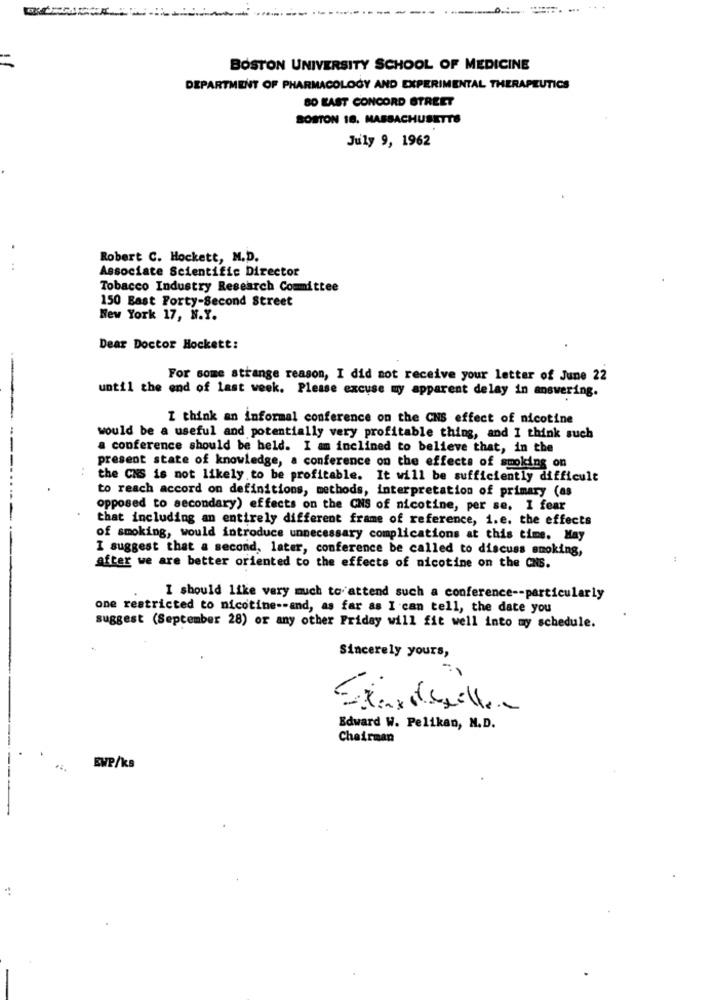
...
=
BOSTON UNIVERSITY SCHOOL OF MEDICINE
DEPARTMENT OF PHARMACOLOGY AND EXPERIMENTAL THERAPEUTICS
BO LAST CONCORD STREET
BOSTON 18, MASSACHUSETTS
July 9, 1962
.
Robert C. Hockett, M.D.
..
Associate Scientific Director
Tobacco Industry Research Committee
150 Bast Forty-Second Street
New York 17, N.Y.
Dear Doctor Hockett:
For some strange reason, I did not receive your letter of June 22
until the end of last week. Please excuse my apparent delay in answering.
I think an informal conference on the CNS effect of nicotine
would be a useful and potentially very profitable thing, and I think such
a conference should be held. I am inclined to believe that, in the
present state of knowledge, a conference on the effects of smoking on
..
the CNS is not likely to be profitable. It will be sufficiently difficult
to reach accord on definitions, methods, interpretation of primary (as
.....
.
opposed to secondary) effects on the CNS of nicotine, per se. I fear
that including an entirely different frame of reference, i.e. the effects
of smoking, would introduce unnecessary complications at this time. May
I suggest that a second, later, conference be called to discuss smoking,
:
after we are better oriented to the effects of nicotine on the ONS.
I should like very much to attend such a conference -- particularly
one restricted to nicotine -- and, as far as I can tell, the date you
suggest (September 28) or any other Friday will fit well into my schedule.
Sincerely yours,
-
Edward W. Pelikan, M.D.
Chairman
ENP/Ks
-